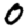
Digit: 0